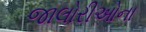
જાલોરીઓના